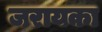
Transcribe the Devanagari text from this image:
जरायका